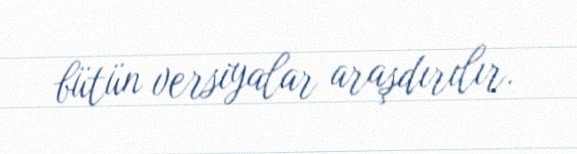
bütün versiyalar araşdırılır.